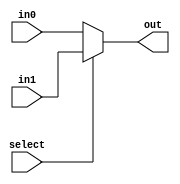
module mux_2_5in(out, select, in0, in1);
    input select;
    input [4:0] in0, in1;
    output [4:0] out;
    assign out = select ? in1 : in0;
endmodule